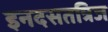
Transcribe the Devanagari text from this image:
इनदसतत्रिज